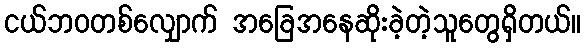
ငယ်ဘဝတစ်လျှောက် အခြေအနေဆိုးခဲ့တဲ့သူတွေရှိတယ်။